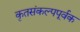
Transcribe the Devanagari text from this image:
कृतसंकल्पपूर्वक